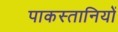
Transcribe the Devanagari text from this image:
पाकस्तानियों